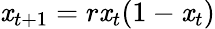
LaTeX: \mathit{x}_{t+1}=r\mathit{x}_{t}(1-\mathit{x}_{t})